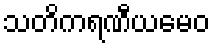
သတိကရဏီယမေဝ